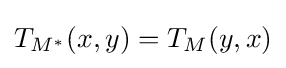
T_{M^{*}}(x,y)=T_{M}(y,x)